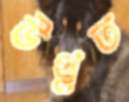
উথ্‌লত